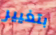
بتغيير